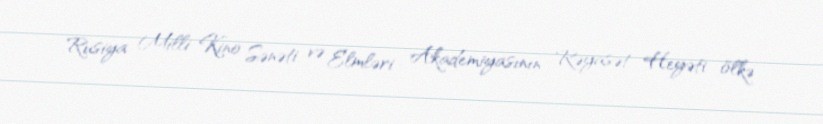
Rusiya Milli Kino Sənəti və Elmləri Akademiyasının Rəyasət Heyəti ölkə